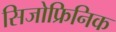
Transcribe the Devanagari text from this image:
सिजोफ्रिनिक